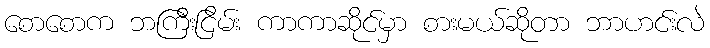
စောစောက ဘကြီးငြိမ်း ကာကာဆိုင်မှာ စားမယ်ဆိုတာ ဘာဟင်းလဲ